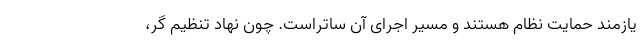
یازمند حمایت نظام هستند و مسیر اجرای آن ساتراست. چون نهاد تنظیم گر،